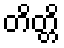
တိတ္တိ